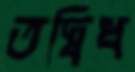
তদ্বিধ